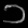
Digit: ၁